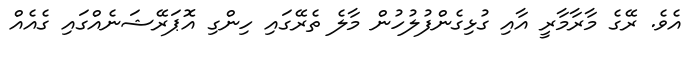
އެވެ. ރޭގެ މާރާމާރީ އާއި ގުޅިގެންފުލުހުން މާލެ ތެރޭގައި ހިންގި އޮޕަރޭޝަނެއްގައި ގެއެއް